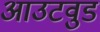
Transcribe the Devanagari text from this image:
आउटवुड